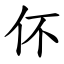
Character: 伓